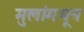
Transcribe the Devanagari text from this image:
मुलांमधून